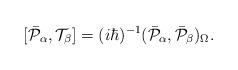
LaTeX: \begin{align*}\lbrack\bar{{\cal P}}_{\alpha},{\cal T}_{\beta}]=(i\hbar)^{-1}(\bar{{\cal P}}_{\alpha},\bar{{\cal P}}_{\beta})_{\Omega}.\end{align*}